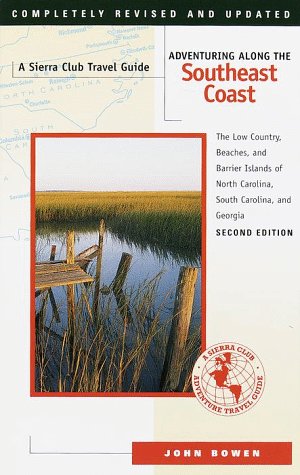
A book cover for Adventuring Along the Southeast Coast: The Low Country, Beaches, and Barrier Islands of North Carolina, South Carolina, and Georgia (Sierra Club Adventure Travel Guides); John Bowen; Travel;